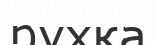
рухқа